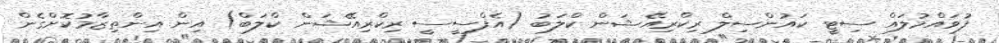
ފުވައްމުލައް ސިޓީ ކައުންސިލް ރިކްރިއޭޝަން ކްލަބު (އެފްސީސީ ރިކްރިއޭޝަން ކްލަބް) އިން އިންތިޒާމުކޮށްގެން